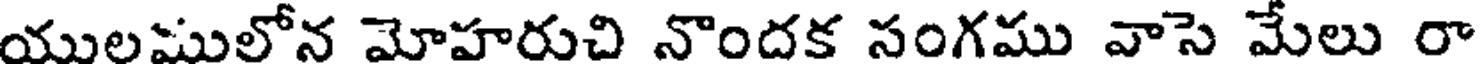
యులములోన మోహరుచి నొందక సంగము వాసె మేలు రా